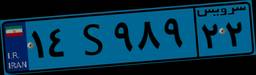
۱۴S۹۸۹۲۲